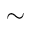
\sim